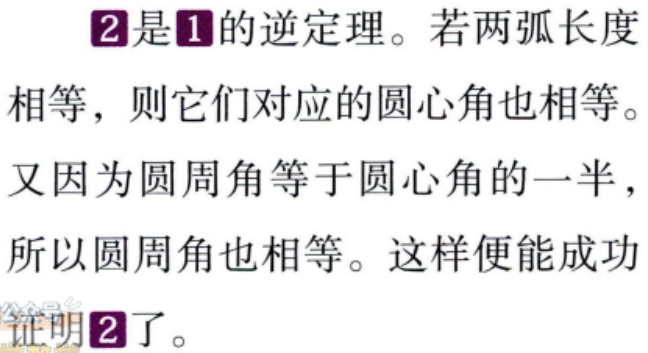
\textcircled{2}是\textcircled{1}的逆定理。若两弧长度相等，则它们对应的圆心角也相等。
又因为圆周角等于圆心角的一半，所以圆周角也相等。这样便能成功证明\textcircled{2}了。